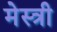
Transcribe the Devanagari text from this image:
मेस्‍त्री